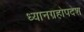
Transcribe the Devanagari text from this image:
ध्यानग्रहोपदेश